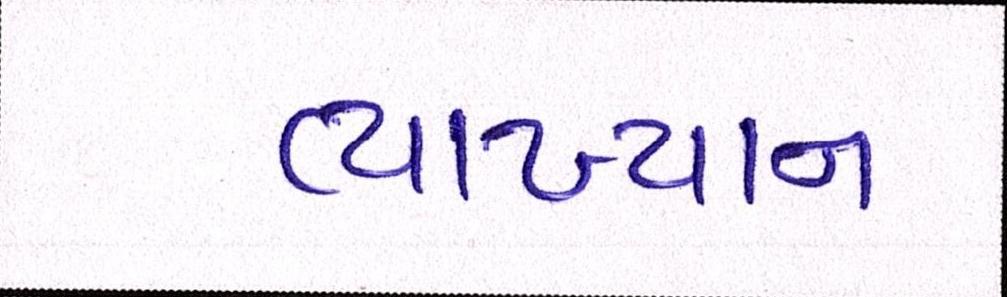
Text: વ્યાખ્યાન